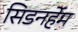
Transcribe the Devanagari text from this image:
सिडनर्हेम